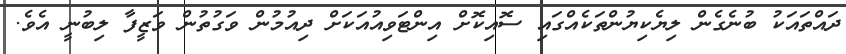
ދައްތައަކު ބުނެގެން ލިޔެކިޔުންތަކެއްގައި ސޮއިކޮށް އިންޓަވިއުއަކަށް ދިއުމުން ވަގުތުން ވަޒީފާ ލިބުނީ އެވެ.